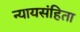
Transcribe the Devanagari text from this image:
न्यायसंहिता